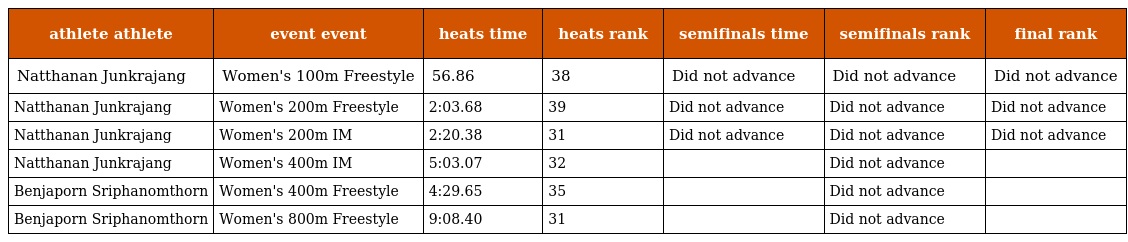
| athlete athlete | event event | heats time | heats rank | semifinals time | semifinals rank | final rank |
 | --- | --- | --- | --- | --- | --- | --- |
 | Natthanan Junkrajang | Women's 100m Freestyle | 56.86 | 38 | Did not advance | Did not advance | Did not advance |
 | Natthanan Junkrajang | Women's 200m Freestyle | 2:03.68 | 39 | Did not advance | Did not advance | Did not advance |
 | Natthanan Junkrajang | Women's 200m IM | 2:20.38 | 31 | Did not advance | Did not advance | Did not advance |
 | Natthanan Junkrajang | Women's 400m IM | 5:03.07 | 32 |  | Did not advance |  |
 | Benjaporn Sriphanomthorn | Women's 400m Freestyle | 4:29.65 | 35 |  | Did not advance |  |
 | Benjaporn Sriphanomthorn | Women's 800m Freestyle | 9:08.40 | 31 |  | Did not advance |  |